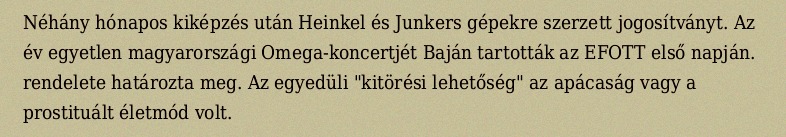
Néhány hónapos kiképzés után Heinkel és Junkers gépekre szerzett jogosítványt. Az év egyetlen magyarországi Omega-koncertjét Baján tartották az EFOTT első napján. rendelete határozta meg. Az egyedüli "kitörési lehetőség" az apácaság vagy a prostituált életmód volt.